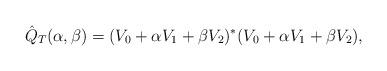
LaTeX: \begin{align*} \hat{Q}_{T}(\alpha,\beta)=(V_0+\alpha V_1 + \beta V_2)^*(V_0+\alpha V_1 + \beta V_2),\end{align*}